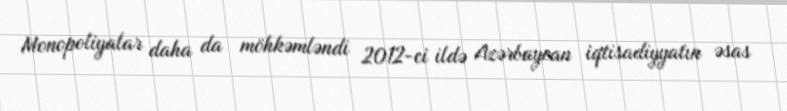
Monopoliyalar daha da möhkəmləndi 2012-ci ildə Azərbaycan iqtisadiyyatın əsas